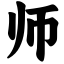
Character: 师